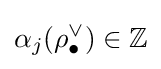
\alpha _{j}(\rho _{\bullet }^{\vee })\in \mathbb {Z}